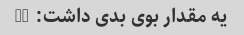
یه مقدار بوی بدی داشت: ((